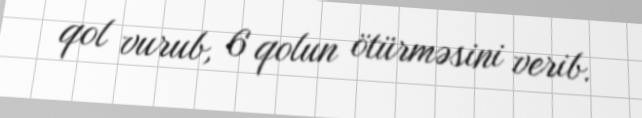
qol vurub, 6 qolun ötürməsini verib.